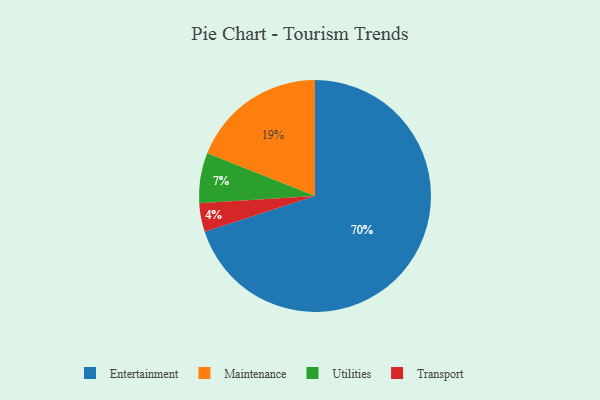
{"axis": {"x": "Category", "y": "Percentage"}, "legend": ["Entertainment", "Maintenance", "Transport", "Utilities"], "data": [{"x": "Entertainment", "y": 70, "type": "Entertainment"}, {"x": "Transport", "y": 4, "type": "Transport"}, {"x": "Maintenance", "y": 19, "type": "Maintenance"}, {"x": "Utilities", "y": 7, "type": "Utilities"}]}